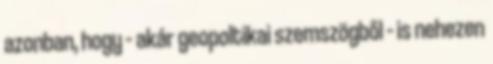
azonban, hogy – akár geopoltikai szemszögből – is nehezen